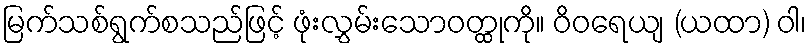
မြက်သစ်ရွက်စသည်ဖြင့် ဖုံးလွှမ်းသောဝတ္ထုကို။ ဝိဝရေယျ (ယထာ) ဝါ၊